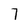
Character: 7